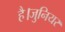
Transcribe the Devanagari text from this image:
है।जुनियर